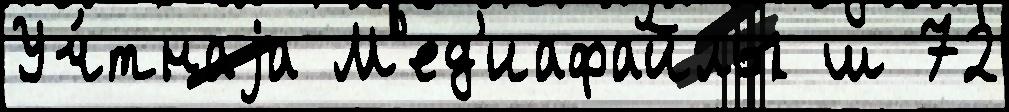
Уч́тнаjа М'ед'иафайлы ш 72